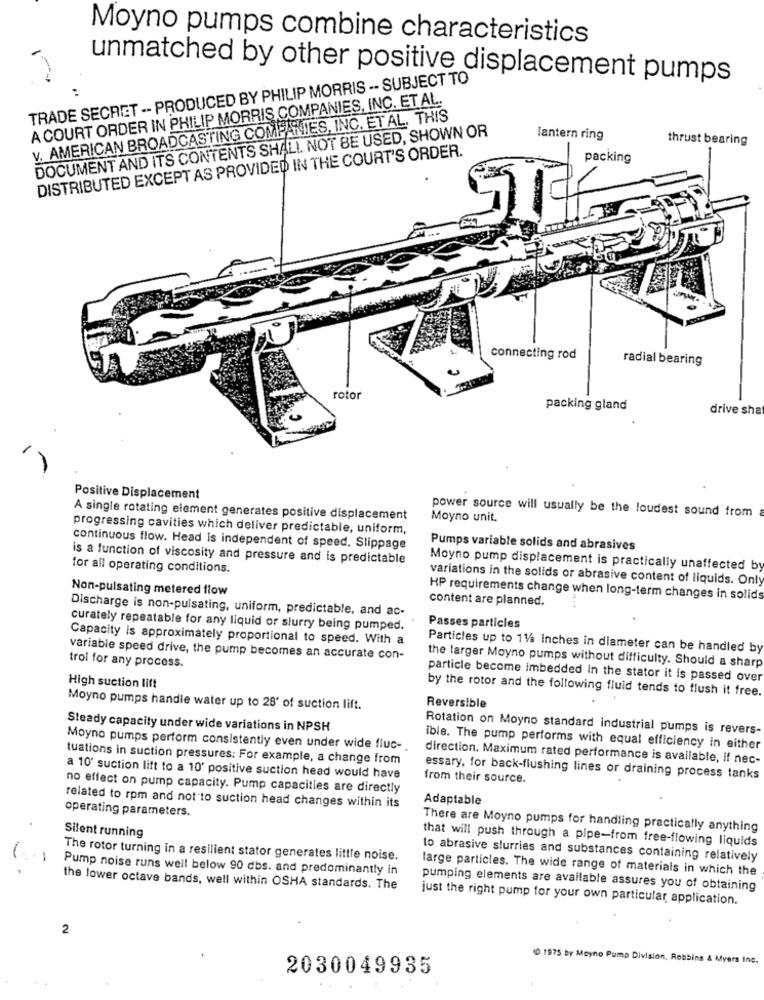
Moyno pumps combine characteristics
TRADE SECRET -- PRODUCED BY PHILIP MORRIS -- SUBJECT TO
unmatched by other positive displacement pumps
A COURT ORDER IN PHILIP MORRIS COMPANIES, INC. ET AL.
V. AMERICAN BROADCASTING COMPANIES, INC. ET AL. THIS
DOCUMENT AND ITS CONTENTS SHALL NOT BE USED, SHOWN OR
lantern ring
thrust bearing
DISTRIBUTED EXCEPT AS PROVIDED IN THE COURT'S ORDER.
packing
connecting rod
radial bearing
rotor
packing gland
drive sha
Positive Displacement
power source will usually be the loudest sound from
A single rotating element generates positive displacement
Moyno unit.
progressing cavities which deliver predictable, uniform,
continuous flow. Head is independent of speed, Slippage
Pumps variable solids and abrasives
is a function of viscosity and pressure and is predictable
for all operating conditions.
Moyno pump displacement is practically unaffected by
variations in the solids or abrasive content of liquids. Only
Non-pulsating metered flow
HP requirements change when long-term changes in solids
content are planned.
Discharge is non-pulsating, uniform, predictable, and ac-
curately repeatable for any liquid or slurry being pumped.
Passes particles
Capacity is approximately proportional to speed. With a
Particles up to 11/6 Inches in diameter can be handled by
variable speed drive, the pump becomes an accurate con-
trol for any process.
the larger Moyno pumps without difficulty. Should a sharp
particle become imbedded In the stator it is passed over
High suction lift
by the rotor and the following fluid tends to flush it free.
Moyno pumps handle water up to 28' of suction lift.
Reversible
Steady capacity under wide variations in NPSH
Rotation on Moyno standard industrial pumps is revers-
Moyno pumps perform consistently even under wide fluc-
ible. The pump performs with equal efficiency in either
tuations in suction pressures: For example, a change from
direction. Maximum rated performance is available, if nec-
a 10' suction lift to a 10' positive suction head would have
from their source.
essary, for back-flushing lines or draining process tanks
no effect on pump capacity. Pump capacities are directly
Adaptable
related to rpm and not to suction head changes within its
operating parameters.
There are Moyno pumps for handling practically anything
Silent running
that will push through a pipe-from free-flowing liquids
The rotor turning in a resilient stator generates little noise.
to abrasive slurries and substances containing relatively
Pump noise runs well below 90 dbs. and predominantly in
large particles. The wide range of materials in which the
the lower octave bands, well within OSHA standards. The
pumping elements are available assures you of obtaining
just the right pump for your own particular application.
2
0 1975 by Moyno Pump Division, Robbins & Myers Ing.
2030049935